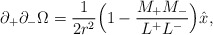
\begin{align*}\partial_+\partial_- \Omega=\frac{1}{2r^2}\Bigl(1-\frac{M_+M_-}{L^+L^-}\Bigr)\hat{x},\end{align*}